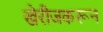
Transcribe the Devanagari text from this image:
खेरीजकरून